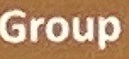
Group